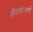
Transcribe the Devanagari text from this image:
जीवनोत्सर्ग